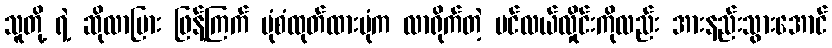
သူတို့ ရဲ့ ဆိုလာပြား ဖြန့်ကြက် ပုံစံထုတ်ထားပုံက လာရိုက်တဲ့ ပင်လယ်လှိုင်းကိုလည်း အားနည်းသွားအောင်